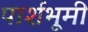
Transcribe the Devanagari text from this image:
पार्शभूमी